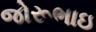
જોરૂભાઇ